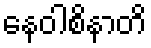
နေဝါစိနာတိ